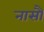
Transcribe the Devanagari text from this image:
नासौ